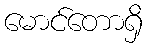
မောင်တောရှိ